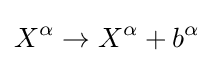
X^{\alpha }\to X^{\alpha }+b^{\alpha }